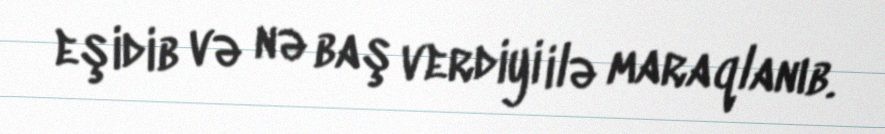
eşidib və nə baş verdiyi ilə maraqlanıb.